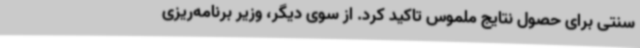
سنتی برای حصول نتایج ملموس تاکید کرد. از سوی دیگر، وزیر برنامه‌ریزی